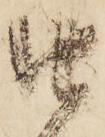
由